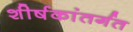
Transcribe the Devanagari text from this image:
शीर्षकांतर्गत